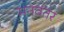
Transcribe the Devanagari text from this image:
मनवंतर